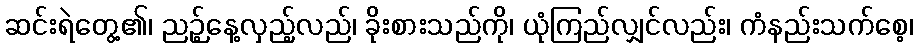
ဆင်းရဲတွေ့၏၊ ညဉ့်နေ့လှည့်လည်၊ ခိုးစားသည်ကို၊ ယုံကြည်လျှင်လည်း၊ ကံနည်းသက်စေ့၊